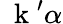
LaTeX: \mathrm{~\mathbf~k~}^{\prime}\alpha